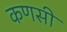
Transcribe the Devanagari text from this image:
कणसी